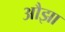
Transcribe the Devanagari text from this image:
औझा